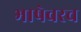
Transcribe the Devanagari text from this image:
भाषेवरच